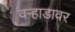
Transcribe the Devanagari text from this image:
वर्‍हाडावर